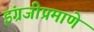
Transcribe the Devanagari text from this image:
इंग्रजीप्रमाणे